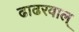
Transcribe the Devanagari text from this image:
ढाढरवाल्